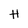
Character: H